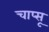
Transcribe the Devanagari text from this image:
चाप्सू